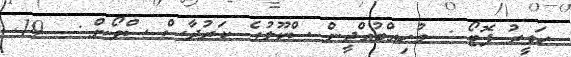
ހަވީރު ފޮޓޯ : މުހިއްބުއްދީން ސްކޫލުގެ ކަރުދާސް ސްވޯން :  19